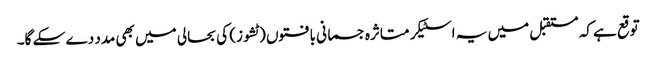
توقع ہے کہ مستقبل میں یہ اسٹیکر متاثرہ جسمانی بافتوں (ٹشوز) کی بحالی میں بھی مدد دے سکے گا۔